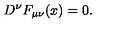
D ^ { \nu } F _ { \mu \nu } ( x ) = 0 .